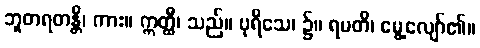
ဘူတရတန္တိ၊ ကား။ ဣတ္ထီ၊ သည်။ ပုရိသေ၊ ၌။ ရမတိ၊ မွေ့လျော်၏။